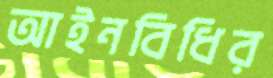
আইনবিধির